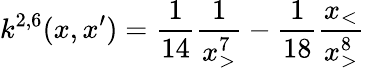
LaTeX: k^{2,6}(x,x^{\prime})=\frac{1}{14}\frac{1}{x_{>}^{7}}-\frac{1}{18}\frac{x_{<}}{x_{>}^{8}}